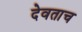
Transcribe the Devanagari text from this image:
देवताच